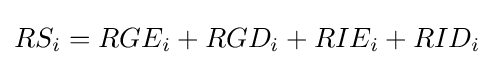
RS_{i}=RGE_{i}+RGD_{i}+RIE_{i}+RID_{i}